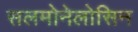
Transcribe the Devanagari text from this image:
सलमोनेलोसिन